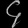
Digit: ၄